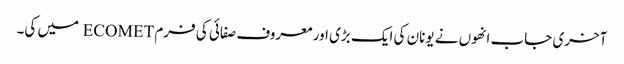
آخری جاب انھوں نے یونان کی ایک بڑی اور معروف صفائی کی فرم ECOMET میں کی۔